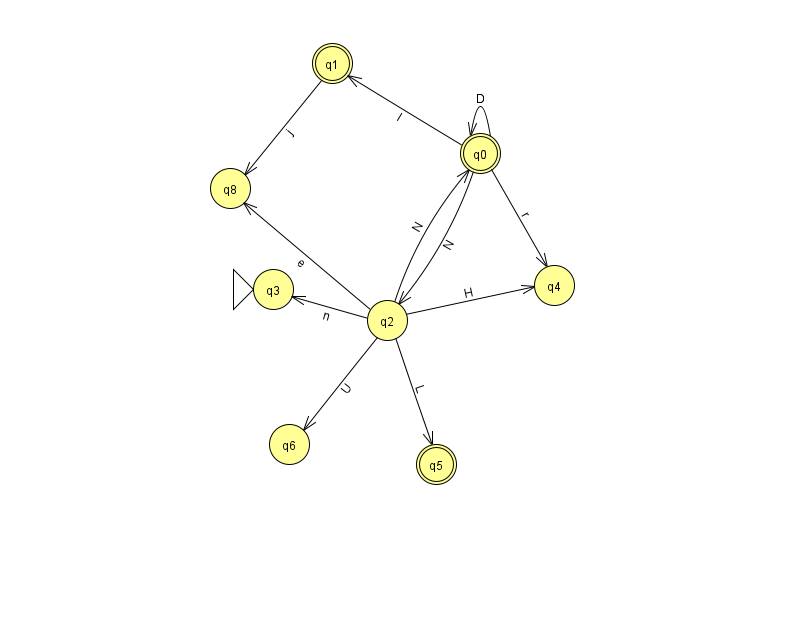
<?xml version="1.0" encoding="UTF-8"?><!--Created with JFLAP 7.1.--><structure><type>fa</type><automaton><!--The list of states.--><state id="0" name="q0"><x>480.0</x><y>140.0</y><final/></state><state id="1" name="q1"><x>332.0</x><y>50.0</y><final/></state><state id="2" name="q2"><x>387.0</x><y>307.0</y></state><state id="3" name="q3"><x>273.0</x><y>276.0</y><initial/></state><state id="4" name="q4"><x>554.0</x><y>272.0</y></state><state id="5" name="q5"><x>436.0</x><y>451.0</y><final/></state><state id="6" name="q6"><x>289.0</x><y>431.0</y></state><state id="8" name="q8"><x>230.0</x><y>175.0</y></state><!--The list of transitions.--><transition><from>2</from><to>5</to><read>L</read></transition><transition><from>2</from><to>3</to><read>n</read></transition><transition><from>0</from><to>0</to><read>D</read></transition><transition><from>0</from><to>2</to><read>N</read></transition><transition><from>2</from><to>0</to><read>N</read></transition><transition><from>0</from><to>4</to><read>r</read></transition><transition><from>2</from><to>4</to><read>H</read></transition><transition><from>2</from><to>6</to><read>U</read></transition><transition><from>2</from><to>8</to><read>e</read></transition><transition><from>0</from><to>1</to><read>l</read></transition><transition><from>1</from><to>8</to><read>j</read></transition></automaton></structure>